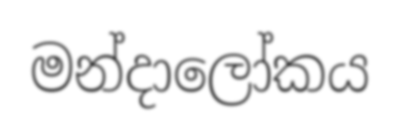
මන්දාලෝකය